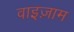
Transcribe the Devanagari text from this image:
वाइज़ाम